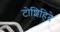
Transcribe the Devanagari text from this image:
टोशिहिदे